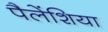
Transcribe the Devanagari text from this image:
पैलेंशिया